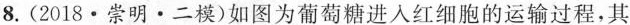
8.(2018·崇明 · 二模)如图为葡萄糖进入红细胞的运输过程，其